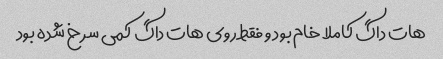
هات داگ کاملا خام بود و فقط روی هات داگ کمی سرخ شده بود